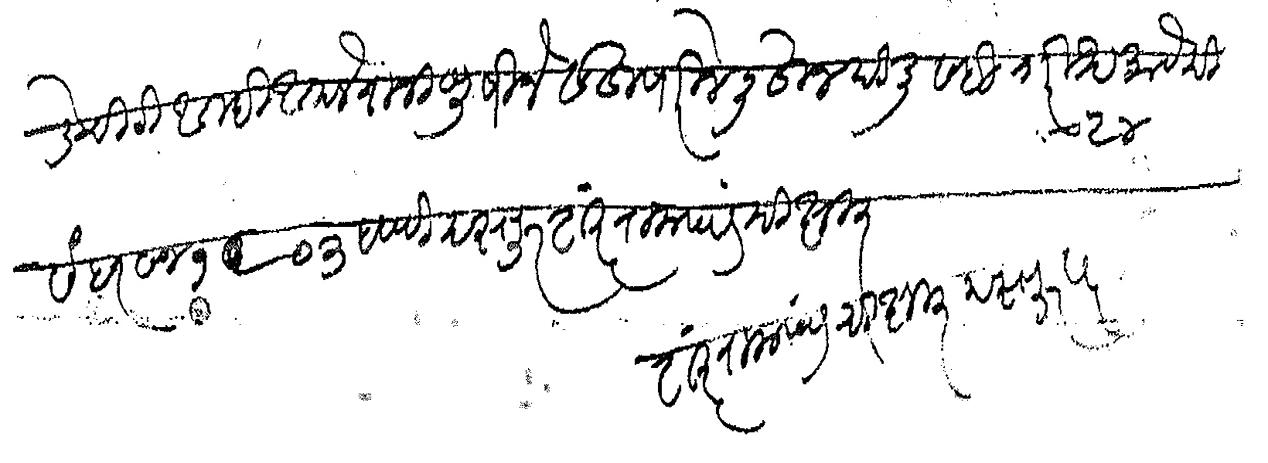
Transliteration (Devanagari): भाडेचिटी आम्ही आपले राजीखुषीने व हुषारीने लिहून दिली सही तारीख २४ माहे दिसंबर सन १९०३ इसवी दस्तूर शंकर रामचंद्र दीक्षित शंकर रामचंद्र दीक्षित दस्तुरखुद्द